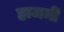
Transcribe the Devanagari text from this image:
हाजमी